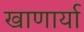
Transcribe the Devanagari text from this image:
खाणार्या